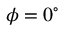
\phi = 0 ^ { \circ }